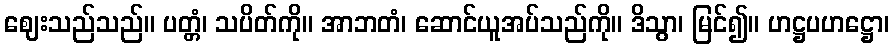
ဈေးသည်သည်။ ပတ္တံ၊ သပိတ်ကို။ အာဘတံ၊ ဆောင်ယူအပ်သည်ကို။ ဒိသွာ၊ မြင်၍။ ဟဋ္ဌပဟဋ္ဌော၊